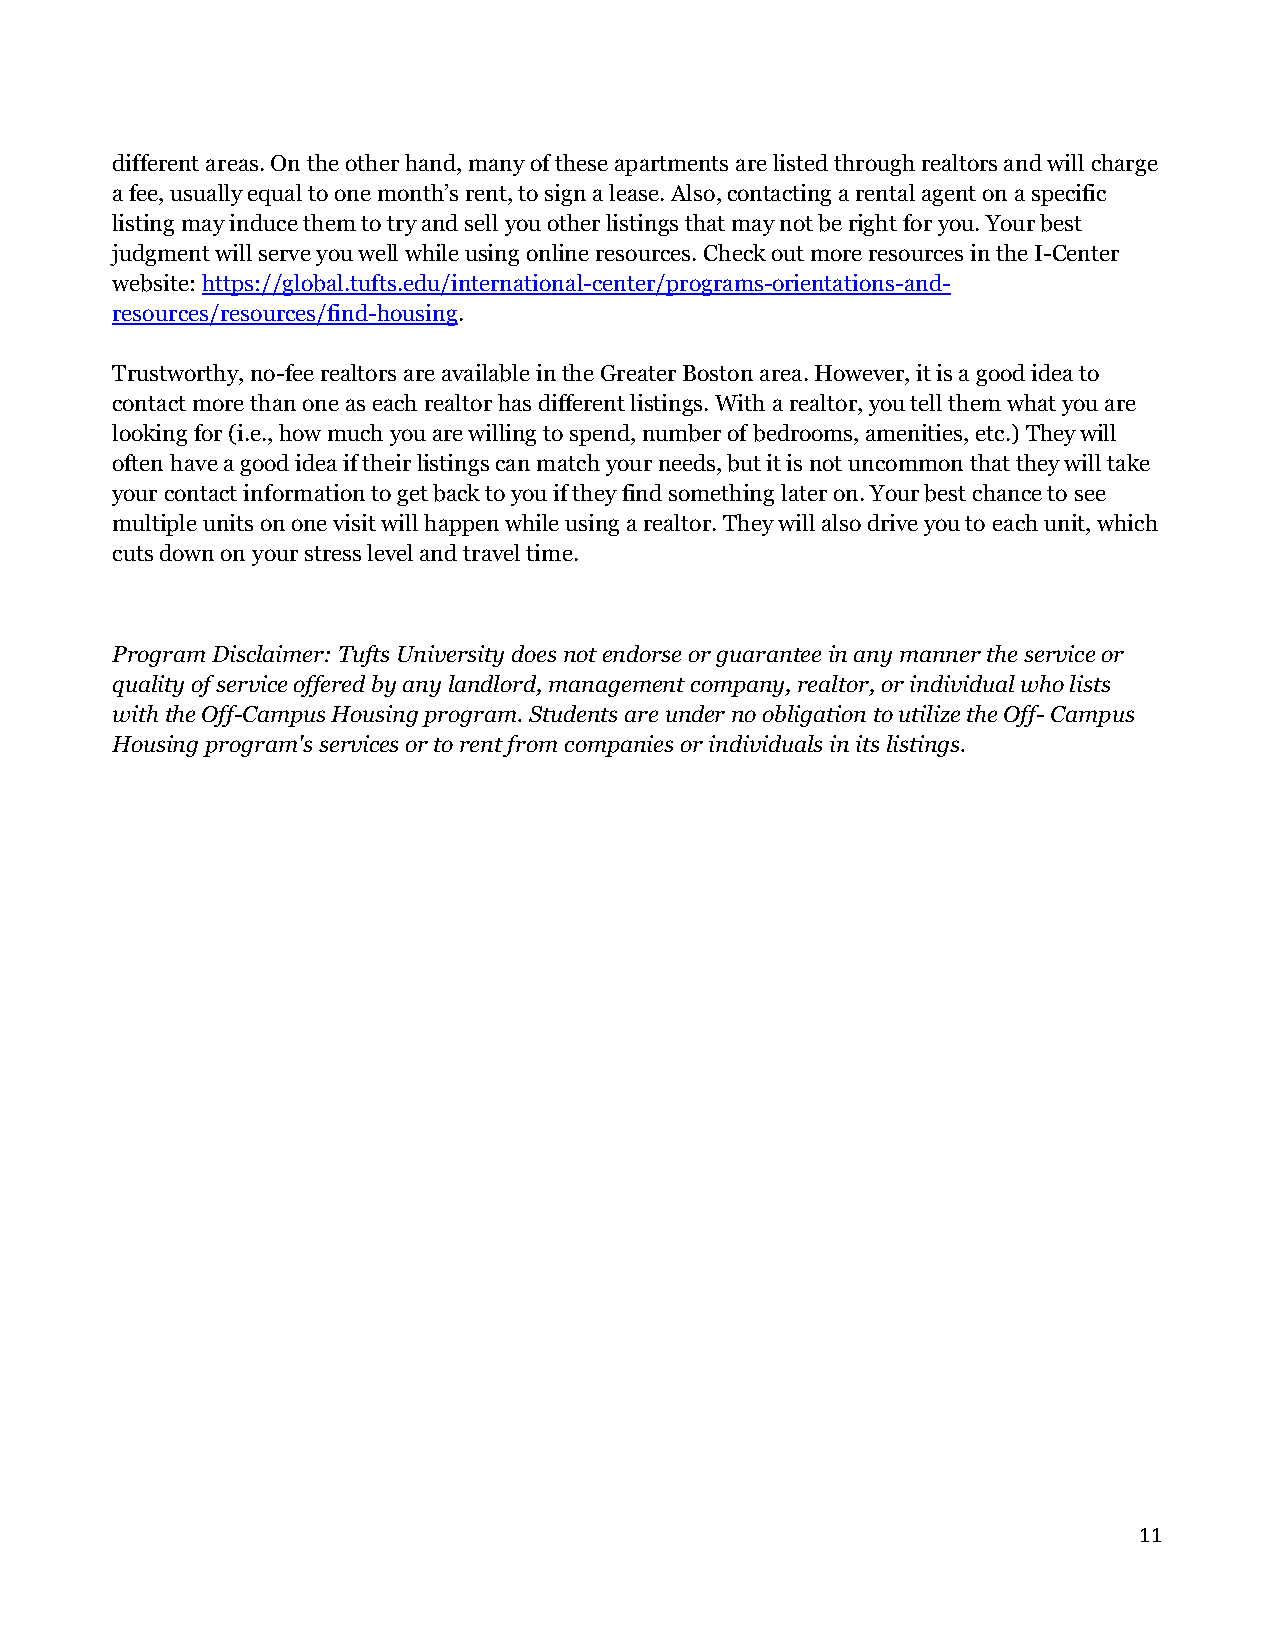
different areas. On the other hand, many of these apartments are listed through realtors and will charge
 a fee, usually equal to one month’s rent, to sign a lease. Also, contacting a rental agent on a specific
 listing may induce them to try and sell you other listings that may not be right for you. Your best
 judgment will serve you well while using online resources. Check out more resources in the I-Center
 website: https://global.tufts.edu/international-center/programs-orientations-and-
 resources/resources/find-housing.
 Trustworthy, no-fee realtors are available in the Greater Boston area. However, it is a good idea to
 contact more than one as each realtor has different listings. With a realtor, you tell them what you are
 looking for (i.e., how much you are willing to spend, number of bedrooms, amenities, etc.) They will
 often have a good idea if their listings can match your needs, but it is not uncommon that they will take
 your contact information to get back to you if they find something later on. Your best chance to see
 multiple units on one visit will happen while using a realtor. They will also drive you to each unit, which
 cuts down on your stress level and travel time.
 Program Disclaimer: Tufts University does not endorse or guarantee in any manner the service or
 quality of service offered by any landlord, management company, realtor, or individual who lists
 with the Off-Campus Housing program. Students are under no obligation to utilize the Off- Campus
 Housing program's services or to rent from companies or individuals in its listings.
 11